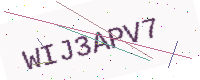
Text: WIJ3APV7